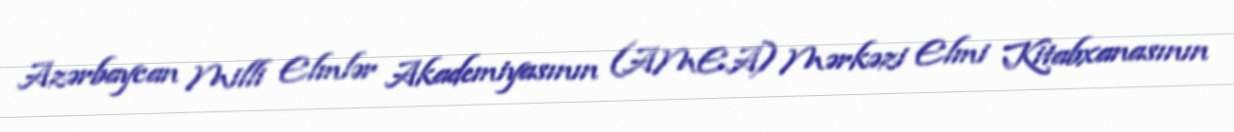
Azərbaycan Milli Elmlər Akademiyasının (AMEA) Mərkəzi Elmi Kitabxanasının